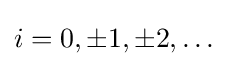
i=0,\pm 1,\pm 2,\ldots